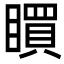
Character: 䁲